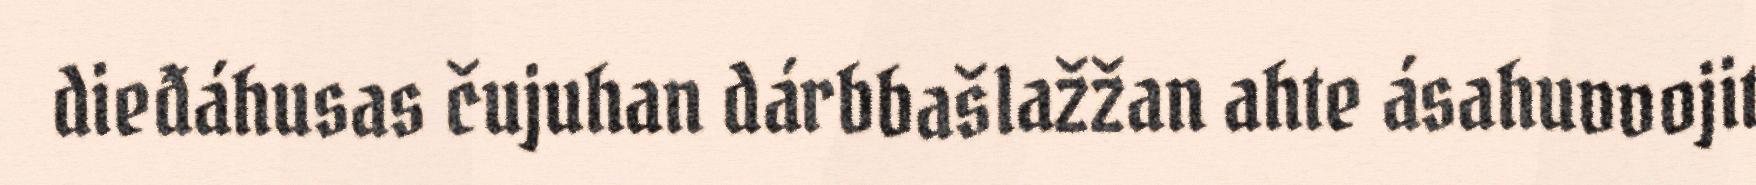
dieđáhusas čujuhan dárbbašlažžan ahte ásahuvvojit